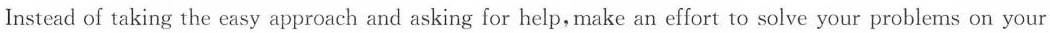
Instead of taking the easy approach and asking for help,make an effort to solve your problems on your